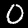
Digit: 0